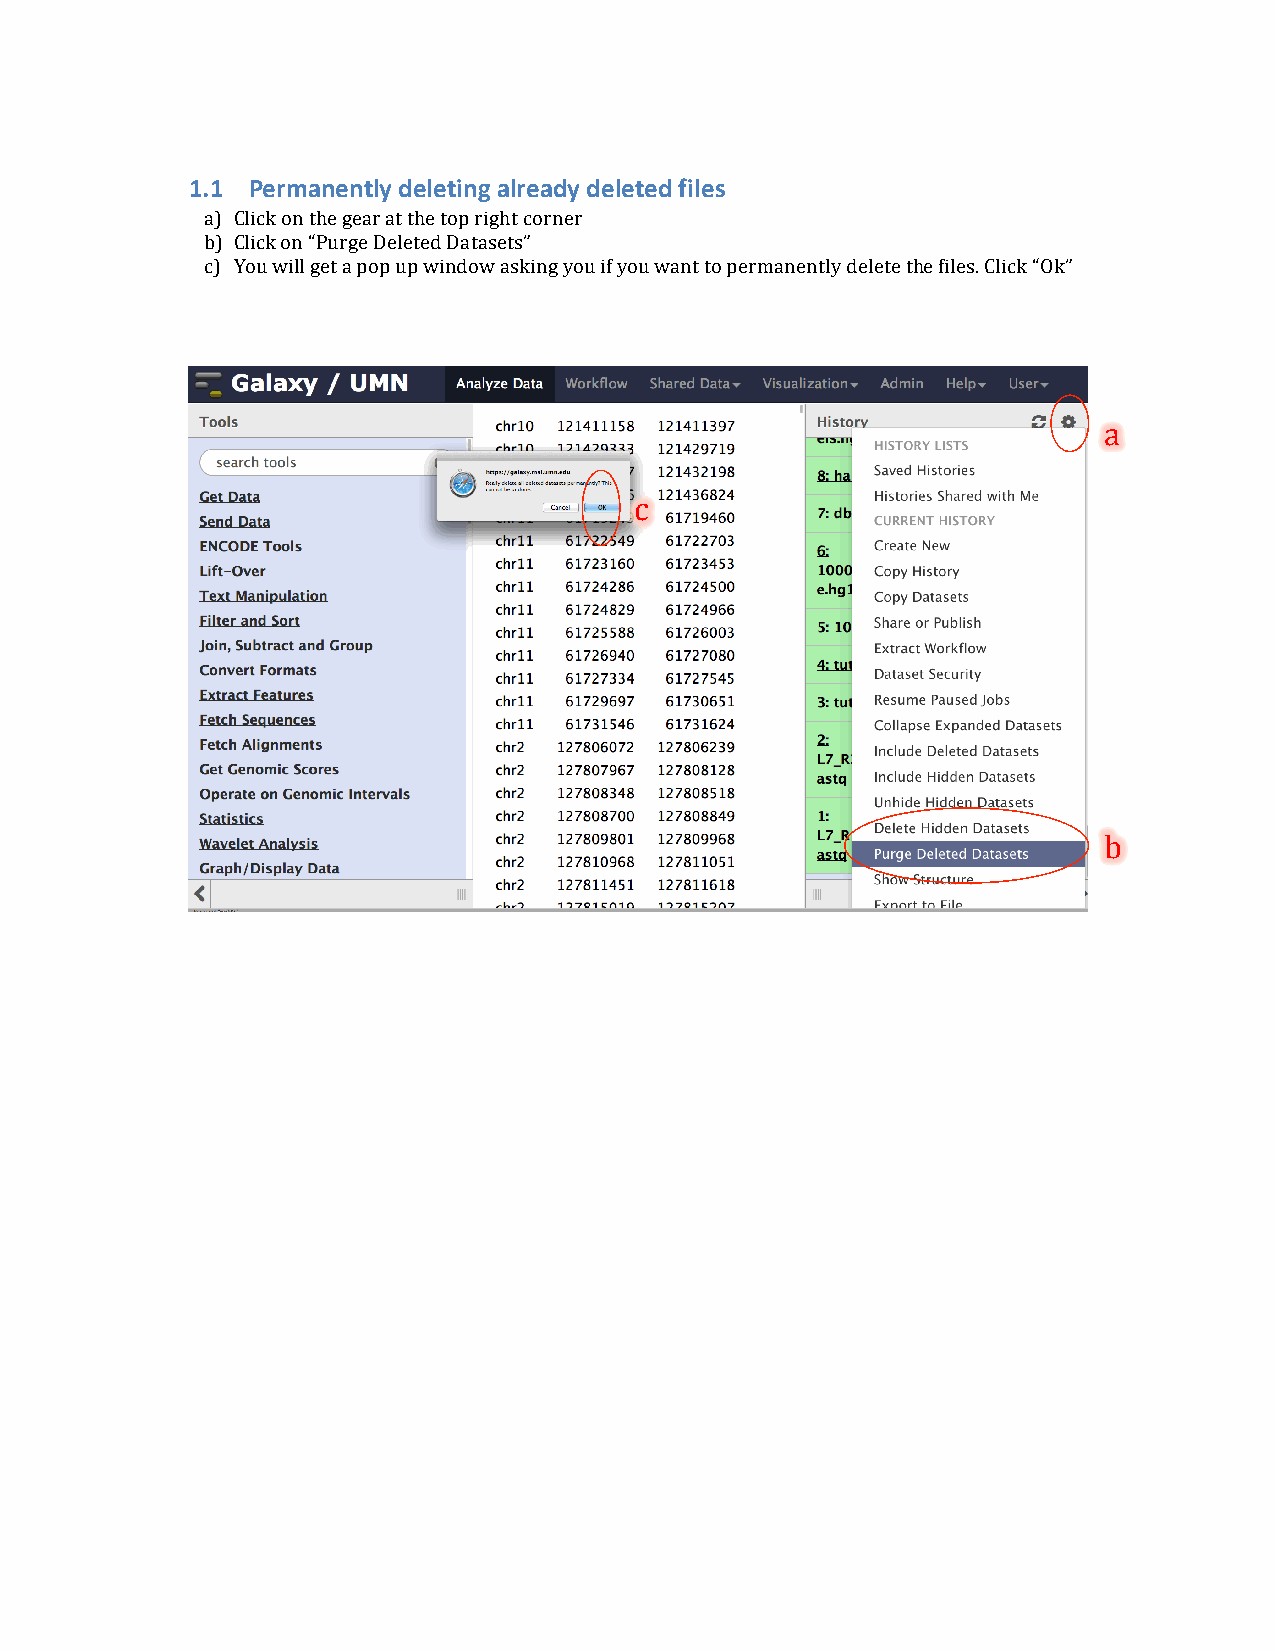
1.1 Permanently deleting already deleted files
 a) Click on the gear at the top right corner
 b) Click on “Purge Deleted Datasets”
 c) You will get a pop up window asking you if you want to permanently delete the files. Click “Ok”
 a
 c
 b